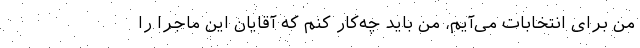
من برای انتخابات می‌آیم، من باید چه‌کار کنم که آقایان این ماجرا را